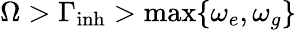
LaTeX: \Omega>\Gamma_{\mathrm{inh}}>\operatorname*{max}\{ \omega_{e},\omega_{g}\}